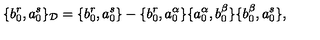
\{ b _ { 0 } ^ { r } , a _ { 0 } ^ { s } \} _ { \cal D } = \{ b _ { 0 } ^ { r } , a _ { 0 } ^ { s } \} - \{ b _ { 0 } ^ { r } , a _ { 0 } ^ { \alpha } \} \{ a _ { 0 } ^ { \alpha } , b _ { 0 } ^ { \beta } \} \{ b _ { 0 } ^ { \beta } , a _ { 0 } ^ { s } \} ,